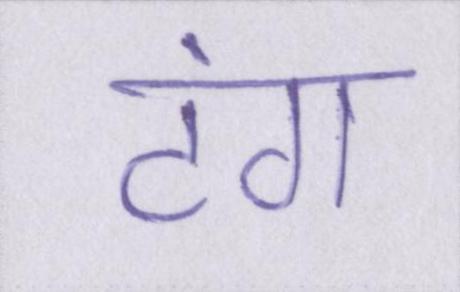
टंग